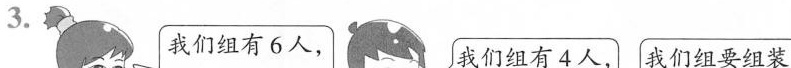
3. 我们组有6人， 我们组有4人， 我们组要组装